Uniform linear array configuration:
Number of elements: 8
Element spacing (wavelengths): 0.25
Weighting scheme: hann
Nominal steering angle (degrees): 45
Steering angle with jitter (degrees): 43.472
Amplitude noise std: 0.05
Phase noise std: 0.05

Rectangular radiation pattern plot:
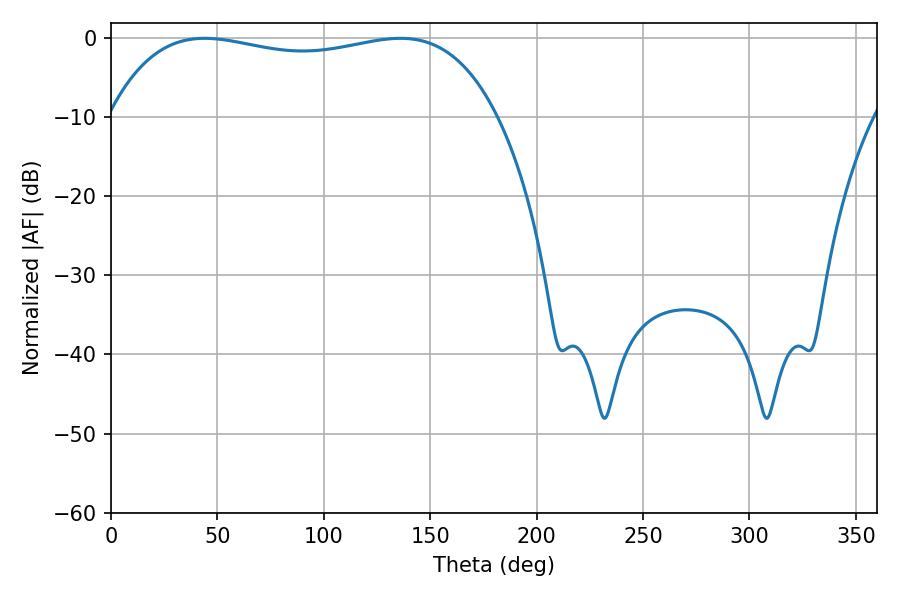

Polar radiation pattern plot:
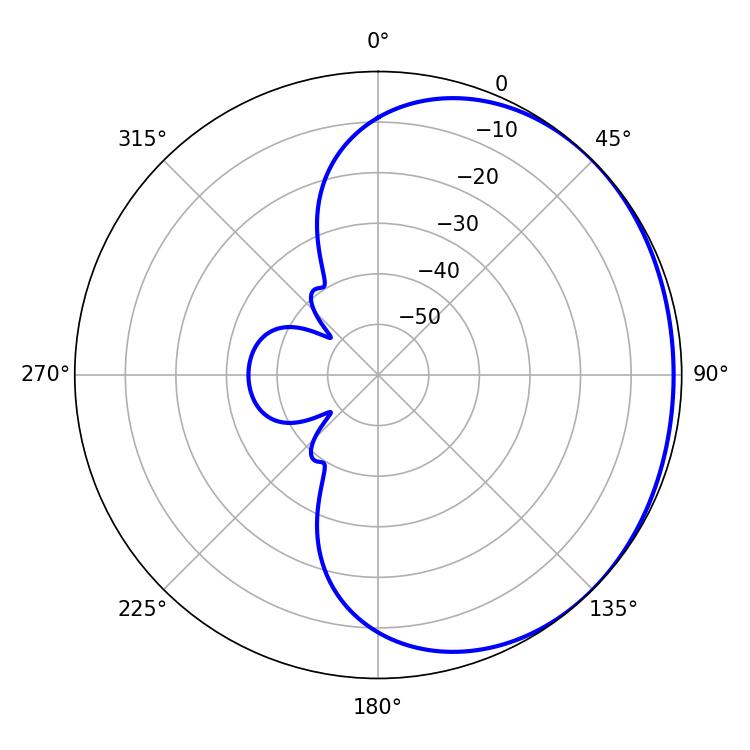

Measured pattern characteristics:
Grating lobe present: FALSE
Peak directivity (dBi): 0.914
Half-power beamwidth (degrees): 147.24
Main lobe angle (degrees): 43.92